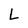
Character: L